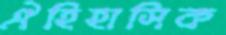
ঐহিহাসিক